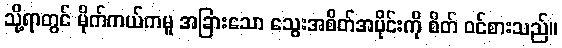
သို့ရာတွင် မိုက်ကယ်ကမူ အခြားသော သွေးအစိတ်အပိုင်းကို စိတ် ဝင်စားသည်။